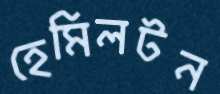
হেমিলটন